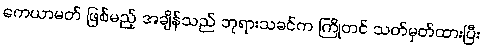
ကေယာမတ် ဖြစ်မည့် အချိန်သည် ဘုရားသခင်က ကြိုတင် သတ်မှတ်ထားပြီး